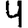
Digit: 4